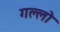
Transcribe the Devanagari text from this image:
गल्लो